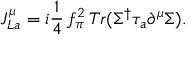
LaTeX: J _ { L a } ^ { \mu } = i { \frac { 1 } { 4 } } \, f _ { \pi } ^ { 2 } \, T r ( \Sigma ^ { \dagger } \tau _ { a } \partial ^ { \mu } \Sigma ) .